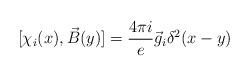
LaTeX: \begin{align*}[\chi_i(x),\vec B(y)]=\frac{4\pi i}{e}\vec g_i\delta^2(x-y)\end{align*}